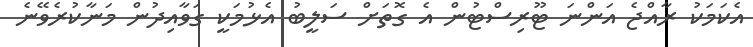
އެކަމަކު ރާއްޖެ އަންނަ ޓޫރިސްޓުން އެ ގޮތަށް ސަލީބު އެޅުމަކީ ގަވާއިދުން މަނާކުރެވޭނެ